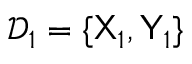
\mathcal { D } _ { 1 } = \{ { \sf X } _ { 1 } , { \sf Y } _ { 1 } \}